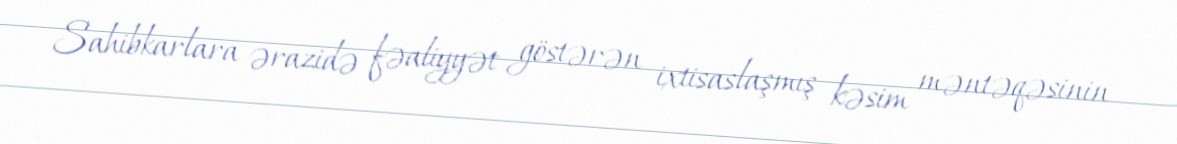
Sahibkarlara ərazidə fəaliyyət göstərən ixtisaslaşmış kəsim məntəqəsinin